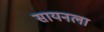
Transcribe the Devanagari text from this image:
सायनला